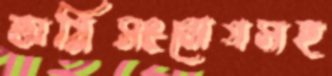
অগ্নিসংযোগসহ